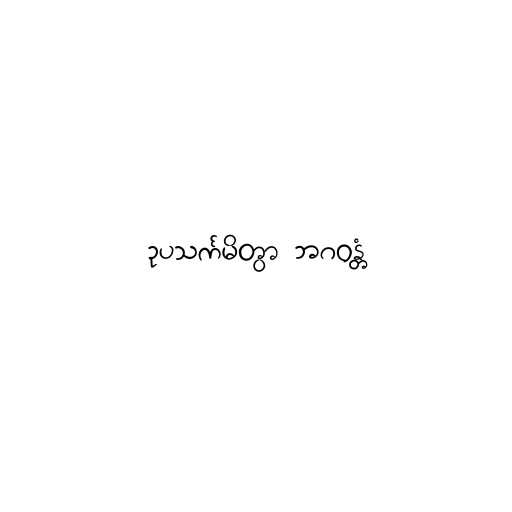
ဥပသင်္ကမိတွာ ဘဂဝန္တံ